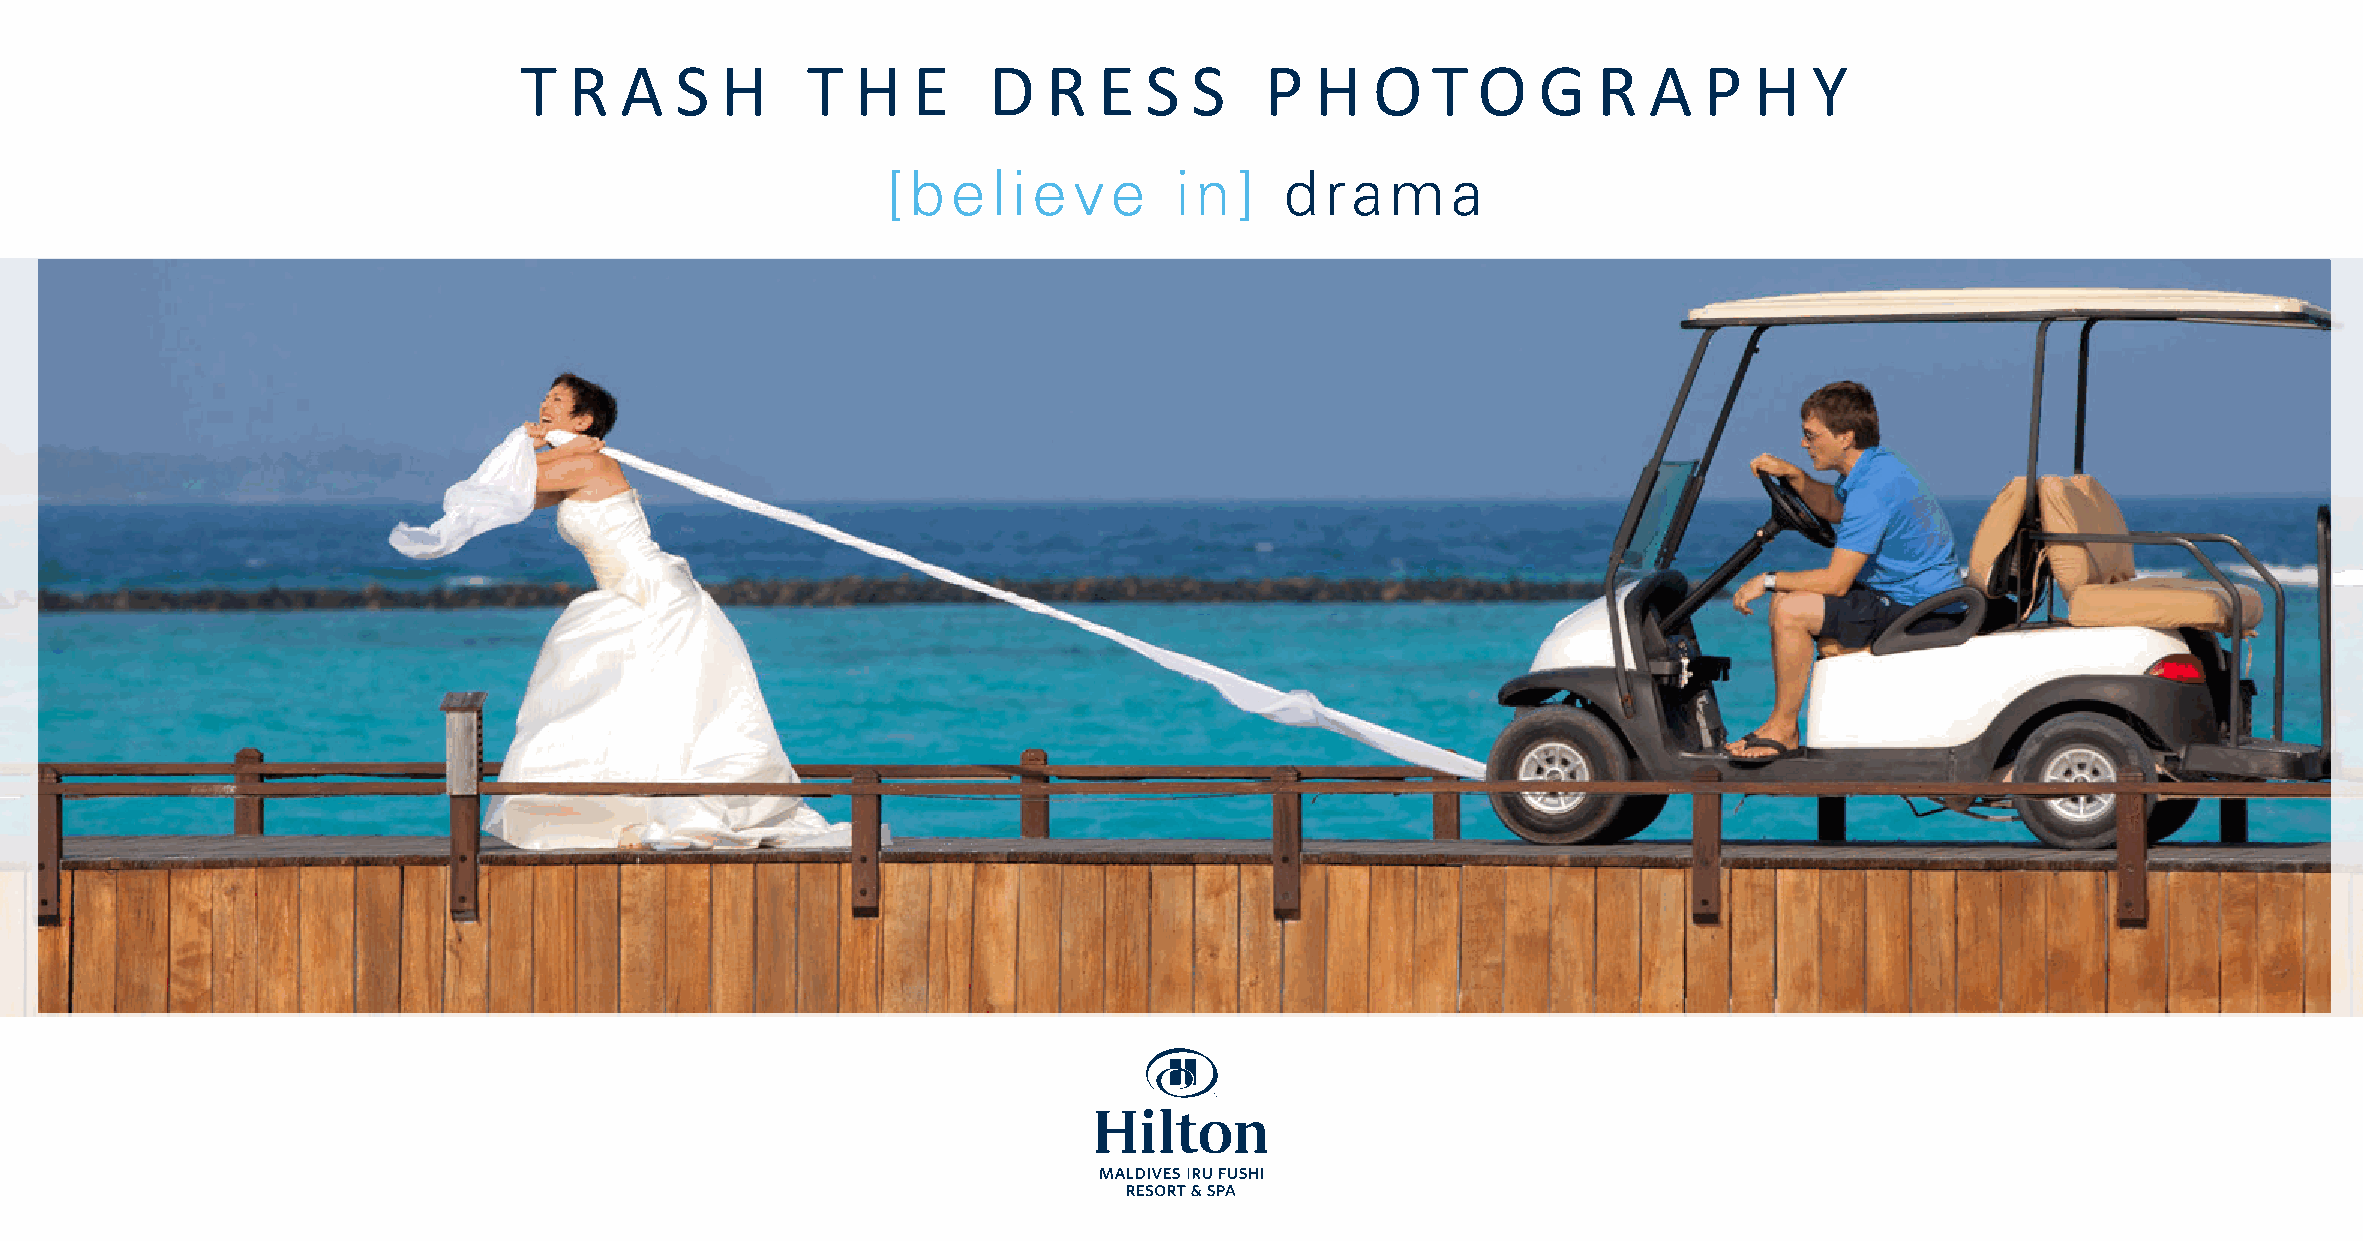
T   R  A   S  H    T   H  E    D   R   E  S  S    P  H   O   T  O   G   R  A   P  H   Y
 [believe           i n]   dram       a